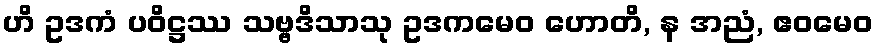
ဟိ ဥဒကံ ပဝိဋ္ဌဿ သဗ္ဗဒိသာသု ဥဒကမေဝ ဟောတိ, န အညံ, ဧဝမေဝ